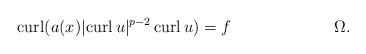
LaTeX: \begin{align*}\operatorname*{curl} ( a(x) \lvert \operatorname*{curl} u \rvert^{p-2} \operatorname*{curl} u ) = f && \Omega. \end{align*}